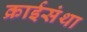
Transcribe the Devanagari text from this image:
क्राईसंथा